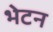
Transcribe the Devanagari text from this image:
भेटन